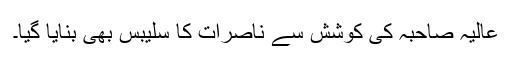
عالیہ صاحبہ کی کوشش سے ناصرات کا سلیبس بھی بنایا گیا۔